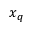
x _ { q }